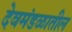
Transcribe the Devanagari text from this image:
देवमंडळातील